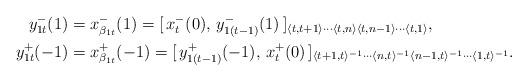
LaTeX: \begin{align*}y_{1t}^-(1)&= x_{\beta_{1t}}^-(1)=[\,x_t^-(0),\, y_{1(t-1)}^-(1)\,]_{\langle t, t+1\rangle\cdots \langle t, n\rangle \langle t, n-1\rangle\cdots \langle t, 1\rangle}, \\y_{1t}^+(-1)&= x_{\beta_{1t}}^+(-1)=[\,y_{1(t-1)}^+(-1),\, x_{t}^+(0)\,]_{\langle t+1, t\rangle^{-1}\cdots \langle n, t\rangle^{-1}\langle n-1, t\rangle^{-1}\cdots\langle 1, t\rangle^{-1}}.\end{align*}